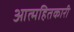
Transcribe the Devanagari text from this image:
आत्महितकारी